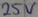
Text: 25V